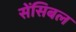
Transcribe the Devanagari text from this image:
सेंसिबल